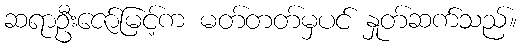
ဆရာဦးဇော်မြင့်က မတ်တတ်မှပင် နှုတ်ဆက်သည်။